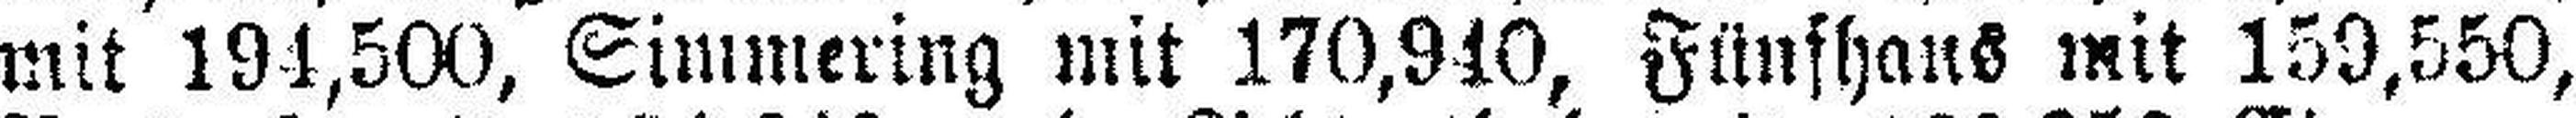
mit 194,500, Simmering mit 170,940, Fünfhaus mit 159,550,